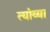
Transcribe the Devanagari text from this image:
त्यांव्या